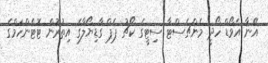
އޭނާ އެެވޯޑް ހޯދީ މެންޗެސްޓާ ސިޓީގެ ކޯޗު ޕެޕް ގާޑިޔޯލާގެ އިތުރުން ޓޮޓެންހަމްގެ